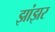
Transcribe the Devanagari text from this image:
झांझर